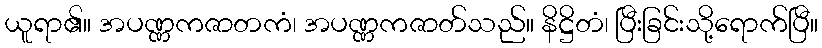
ယူရာ၏။ အပဏ္ဏကဇာတကံ၊ အပဏ္ဏကဇာတ်သည်။ နိဋ္ဌိတံ၊ ပြီးခြင်းသို့ရောက်ပြီ။